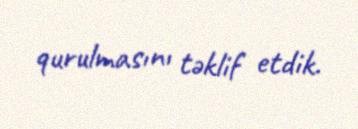
qurulmasını təklif etdik.